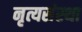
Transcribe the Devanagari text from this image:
नृत्यसंस्था